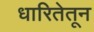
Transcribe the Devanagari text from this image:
धारितेतून